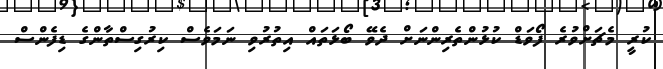
ކުރީ މެޗަށްވުރެ ފޯވަޑް ކުޅުންތެރިންނަށް ދެވޭ ބޯޅަތައް އިތުރުވި ނަމަވެސް ކިރުގިސްތާންގެ ޑިފެންސް